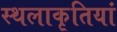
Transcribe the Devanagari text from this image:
स्थलाकृतियां